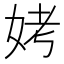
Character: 㛈